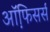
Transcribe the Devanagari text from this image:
ऑफि़सर्स